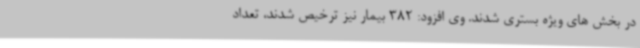
در بخش های ویژه بستری شدند. وی افزود: 382 بیمار نیز ترخیص شدند، تعداد